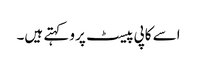
اسے کاپی پیسٹ پرو کہتے ہیں۔